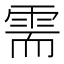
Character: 需